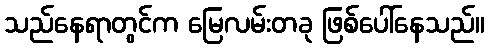
သည်နေရာတွင်က မြေလမ်းတခု ဖြစ်ပေါ်နေသည်။